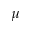
\mu